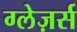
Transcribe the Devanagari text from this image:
ग्लेज़र्स